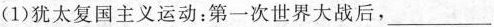
(1)犹太复国主义运动：第一次世界大战后，\underline